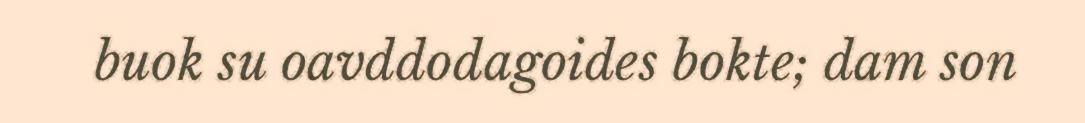
buok su oavddodagoides bokte; dam son